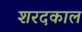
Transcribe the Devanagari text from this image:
शरदकाल